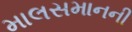
માલસમાનની